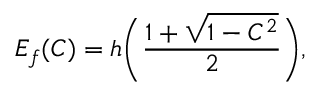
E _ { f } ( C ) = h \Bigg ( \frac { 1 + \sqrt { 1 - C ^ { 2 } } } { 2 } \Bigg ) ,